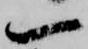
一